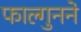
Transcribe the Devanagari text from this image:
फाल्गुनने